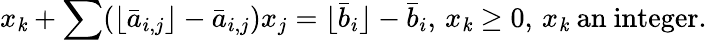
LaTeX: x_{\mathit{k}}+\sum(\lfloor{\bar{{a}}}_{i,j}\rfloor-{\bar{{a}}}_{i,j})x_{j}=\lfloor{\bar{{b}}}_{i}\rfloor-{\bar{{b}}}_{i},\, x_{\mathit{k}}\geq0,\, x_{\mathit{k}}{\mathrm{{~an~integer}}}.